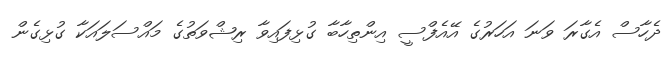
ދެހާސް އެގާރަ ވަނަ އަހަރުގެ އޭއެފްސީ އިންތިހާބާ ގުޅިފައިވާ ރިޝްވަތުގެ މައްސަލައަކާ ގުޅިގެން